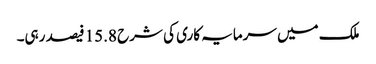
ملک میں سرمایہ کاری کی شرح 15.8 فیصد رہی۔